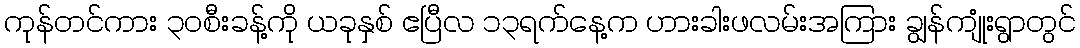
ကုန်တင်ကား ၃၀စီးခန့်ကို ယခုနှစ် ဧပြီလ ၁၃ရက်နေ့က ဟားခါးဖလမ်းအကြား ချွန်ကျုံးရွာတွင်